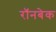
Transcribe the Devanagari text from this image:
रॉनबेक